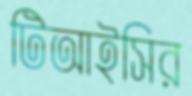
টিআইসির